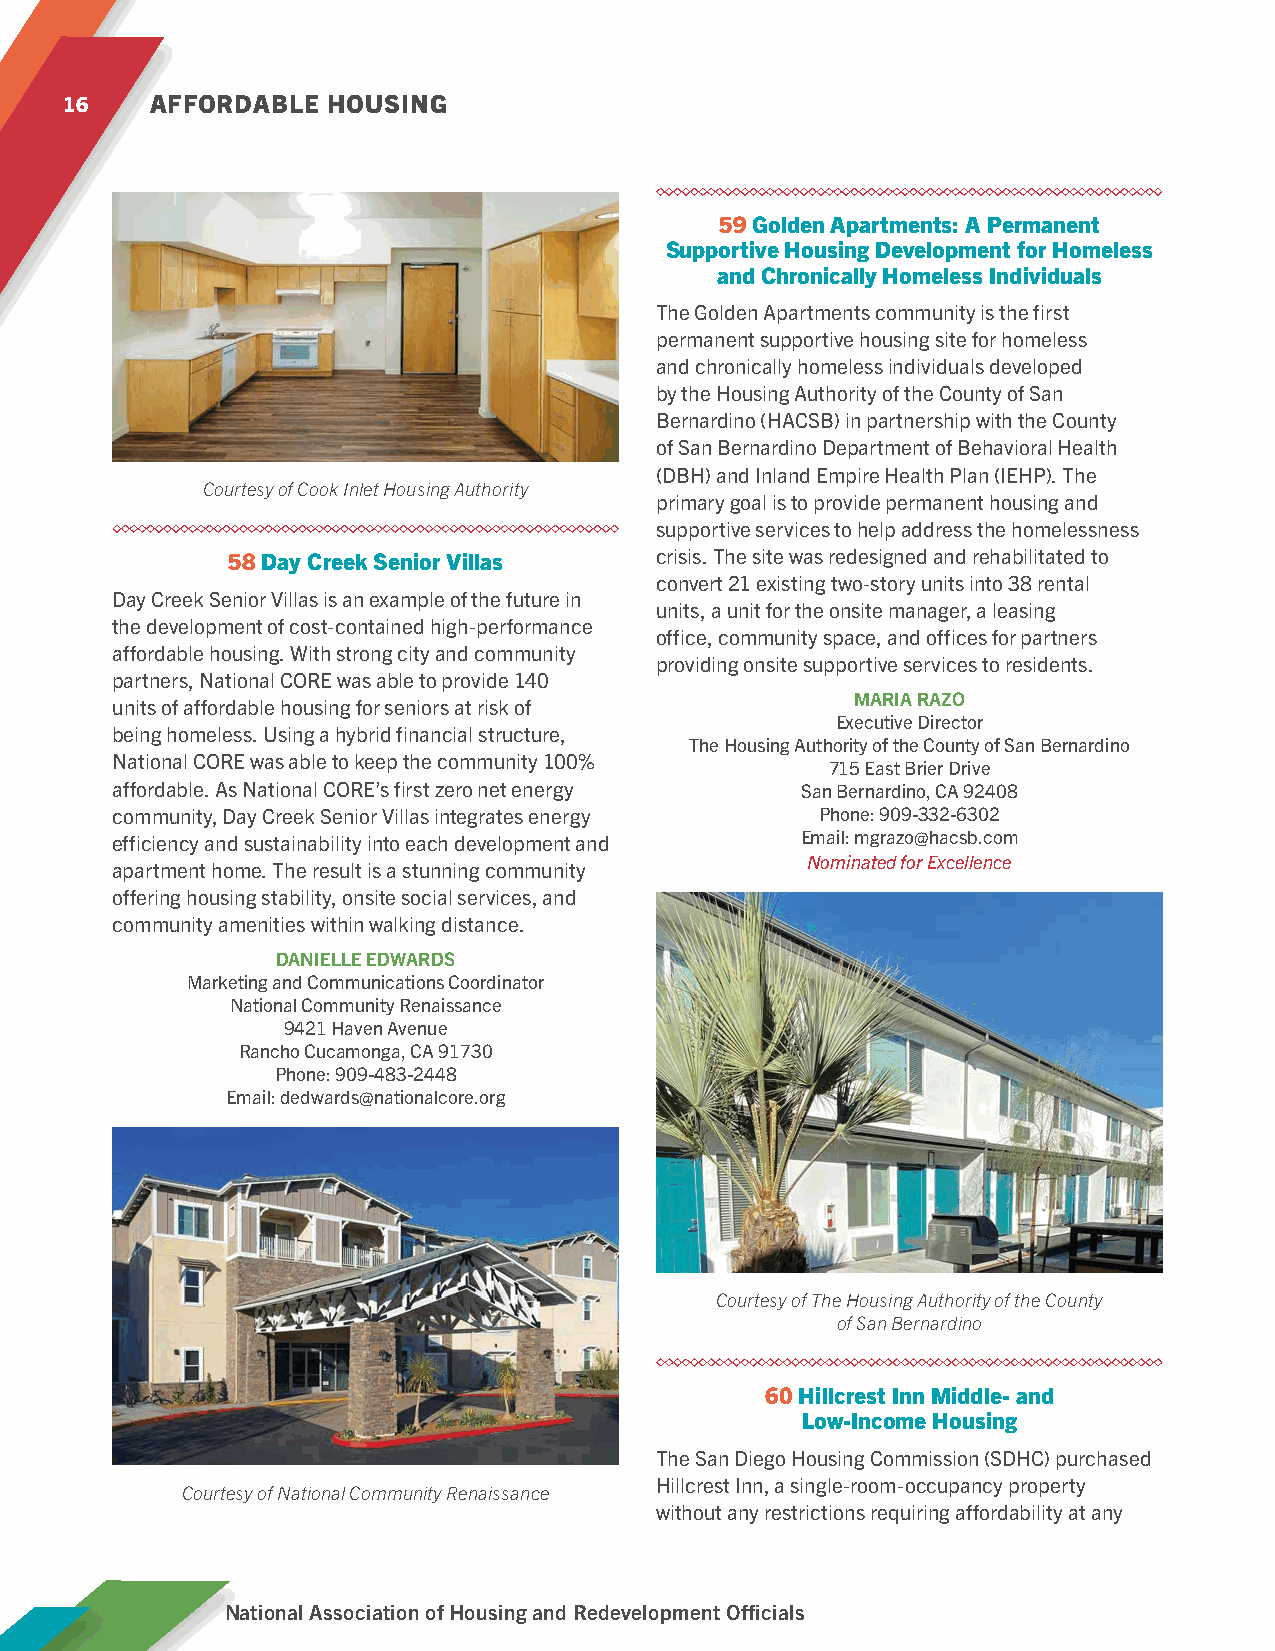
16    AFFORDABLE  HOUSING
 59 Golden Apartments: A Permanent
 Supportive Housing Development for Homeless
 and Chronically Homeless Individuals
 The Golden Apartments community is the first
 permanent supportive housing site for homeless
 and chronically homeless individuals developed
 by the Housing Authority of the County of San
 Bernardino (HACSB) in partnership with the County
 of San Bernardino Department of Behavioral Health
 (DBH) and Inland Empire Health Plan (IEHP). The
 Courtesy of Cook Inlet Housing Authority
 primary goal is to provide permanent housing and
 supportive services to help address the homelessness
 58 Day Creek Senior Villas  crisis. The site was redesigned and rehabilitated to
 convert 21 existing two-story units into 38 rental
 Day Creek Senior Villas is an example of the future in
 units, a unit for the onsite manager, a leasing
 the development of cost-contained high-performance
 office, community space, and offices for partners
 affordable housing. With strong city and community
 providing onsite supportive services to residents.
 partners, National CORE was able to provide 140
 MARIA RAZO
 units of affordable housing for seniors at risk of
 Executive Director
 being homeless. Using a hybrid financial structure,
 The Housing Authority of the County of San Bernardino
 National CORE was able to keep the community 100%
 715 East Brier Drive
 affordable. As National CORE’s first zero net energy San Bernardino, CA 92408
 community, Day Creek Senior Villas integrates energy Phone: 909-332-6302
 efficiency and sustainability into each development and Email: mgrazo@hacsb.com
 Nominated for Excellence
 apartment home. The result is a stunning community
 offering housing stability, onsite social services, and
 community amenities within walking distance.
 DANIELLE EDWARDS
 Marketing and Communications Coordinator
 National Community Renaissance
 9421 Haven Avenue
 Rancho Cucamonga, CA 91730
 Phone: 909-483-2448
 Email: dedwards@nationalcore.org
 Courtesy of The Housing Authority of the County
 of San Bernardino
 60 Hillcrest Inn Middle- and
 Low-Income Housing
 The San Diego Housing Commission (SDHC) purchased
 Hillcrest Inn, a single-room-occupancy property
 Courtesy of National Community Renaissance
 without any restrictions requiring affordability at any
 National Association of Housing and Redevelopment Officials